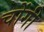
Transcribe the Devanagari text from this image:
चोंगी